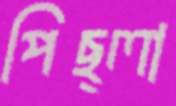
পিছ্‌লা